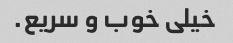
خیلی خوب و سریع.